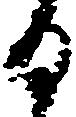
日